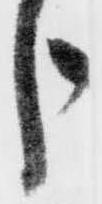
う